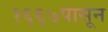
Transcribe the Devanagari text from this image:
१६६७पासून